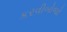
કરવીબોજો